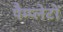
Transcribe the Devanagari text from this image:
पैम्प्लेटों